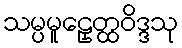
သမ္ပမူဠှေတ္ထဝိဒ္ဒသု